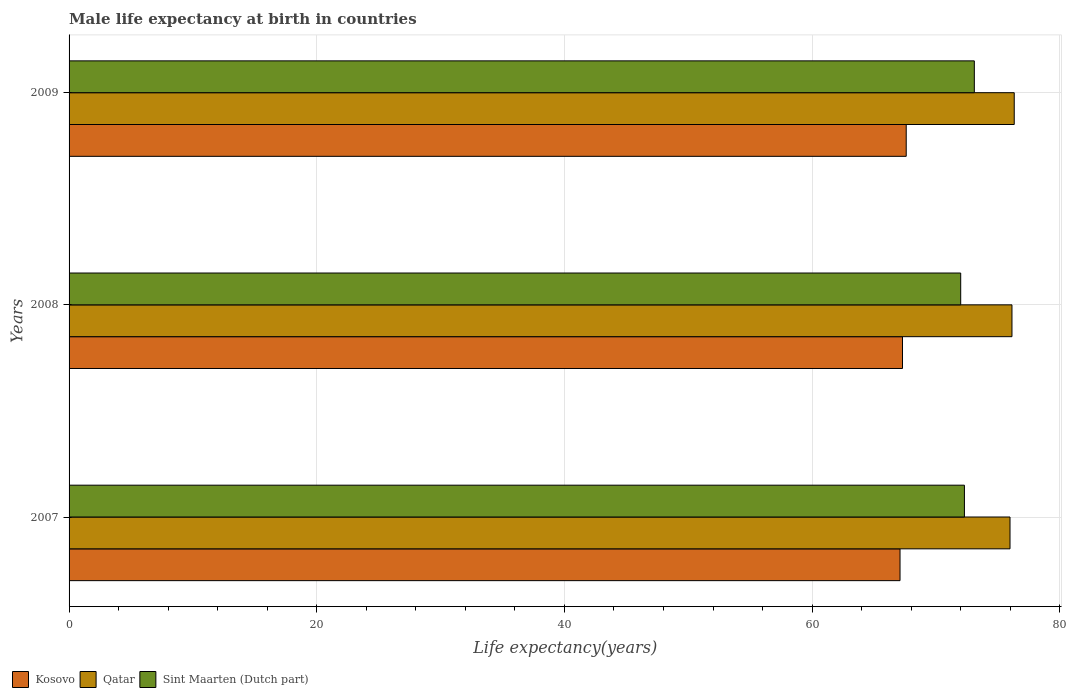
| Years | Kosovo | Qatar | Sint Maarten (Dutch part) |
 | --- | --- | --- | --- |
 | 2007 | 67.1 | 76 | 72.3 |
 | 2008 | 67.3 | 76.1 | 72 |
 | 2009 | 67.6 | 76.3 | 73.1 |